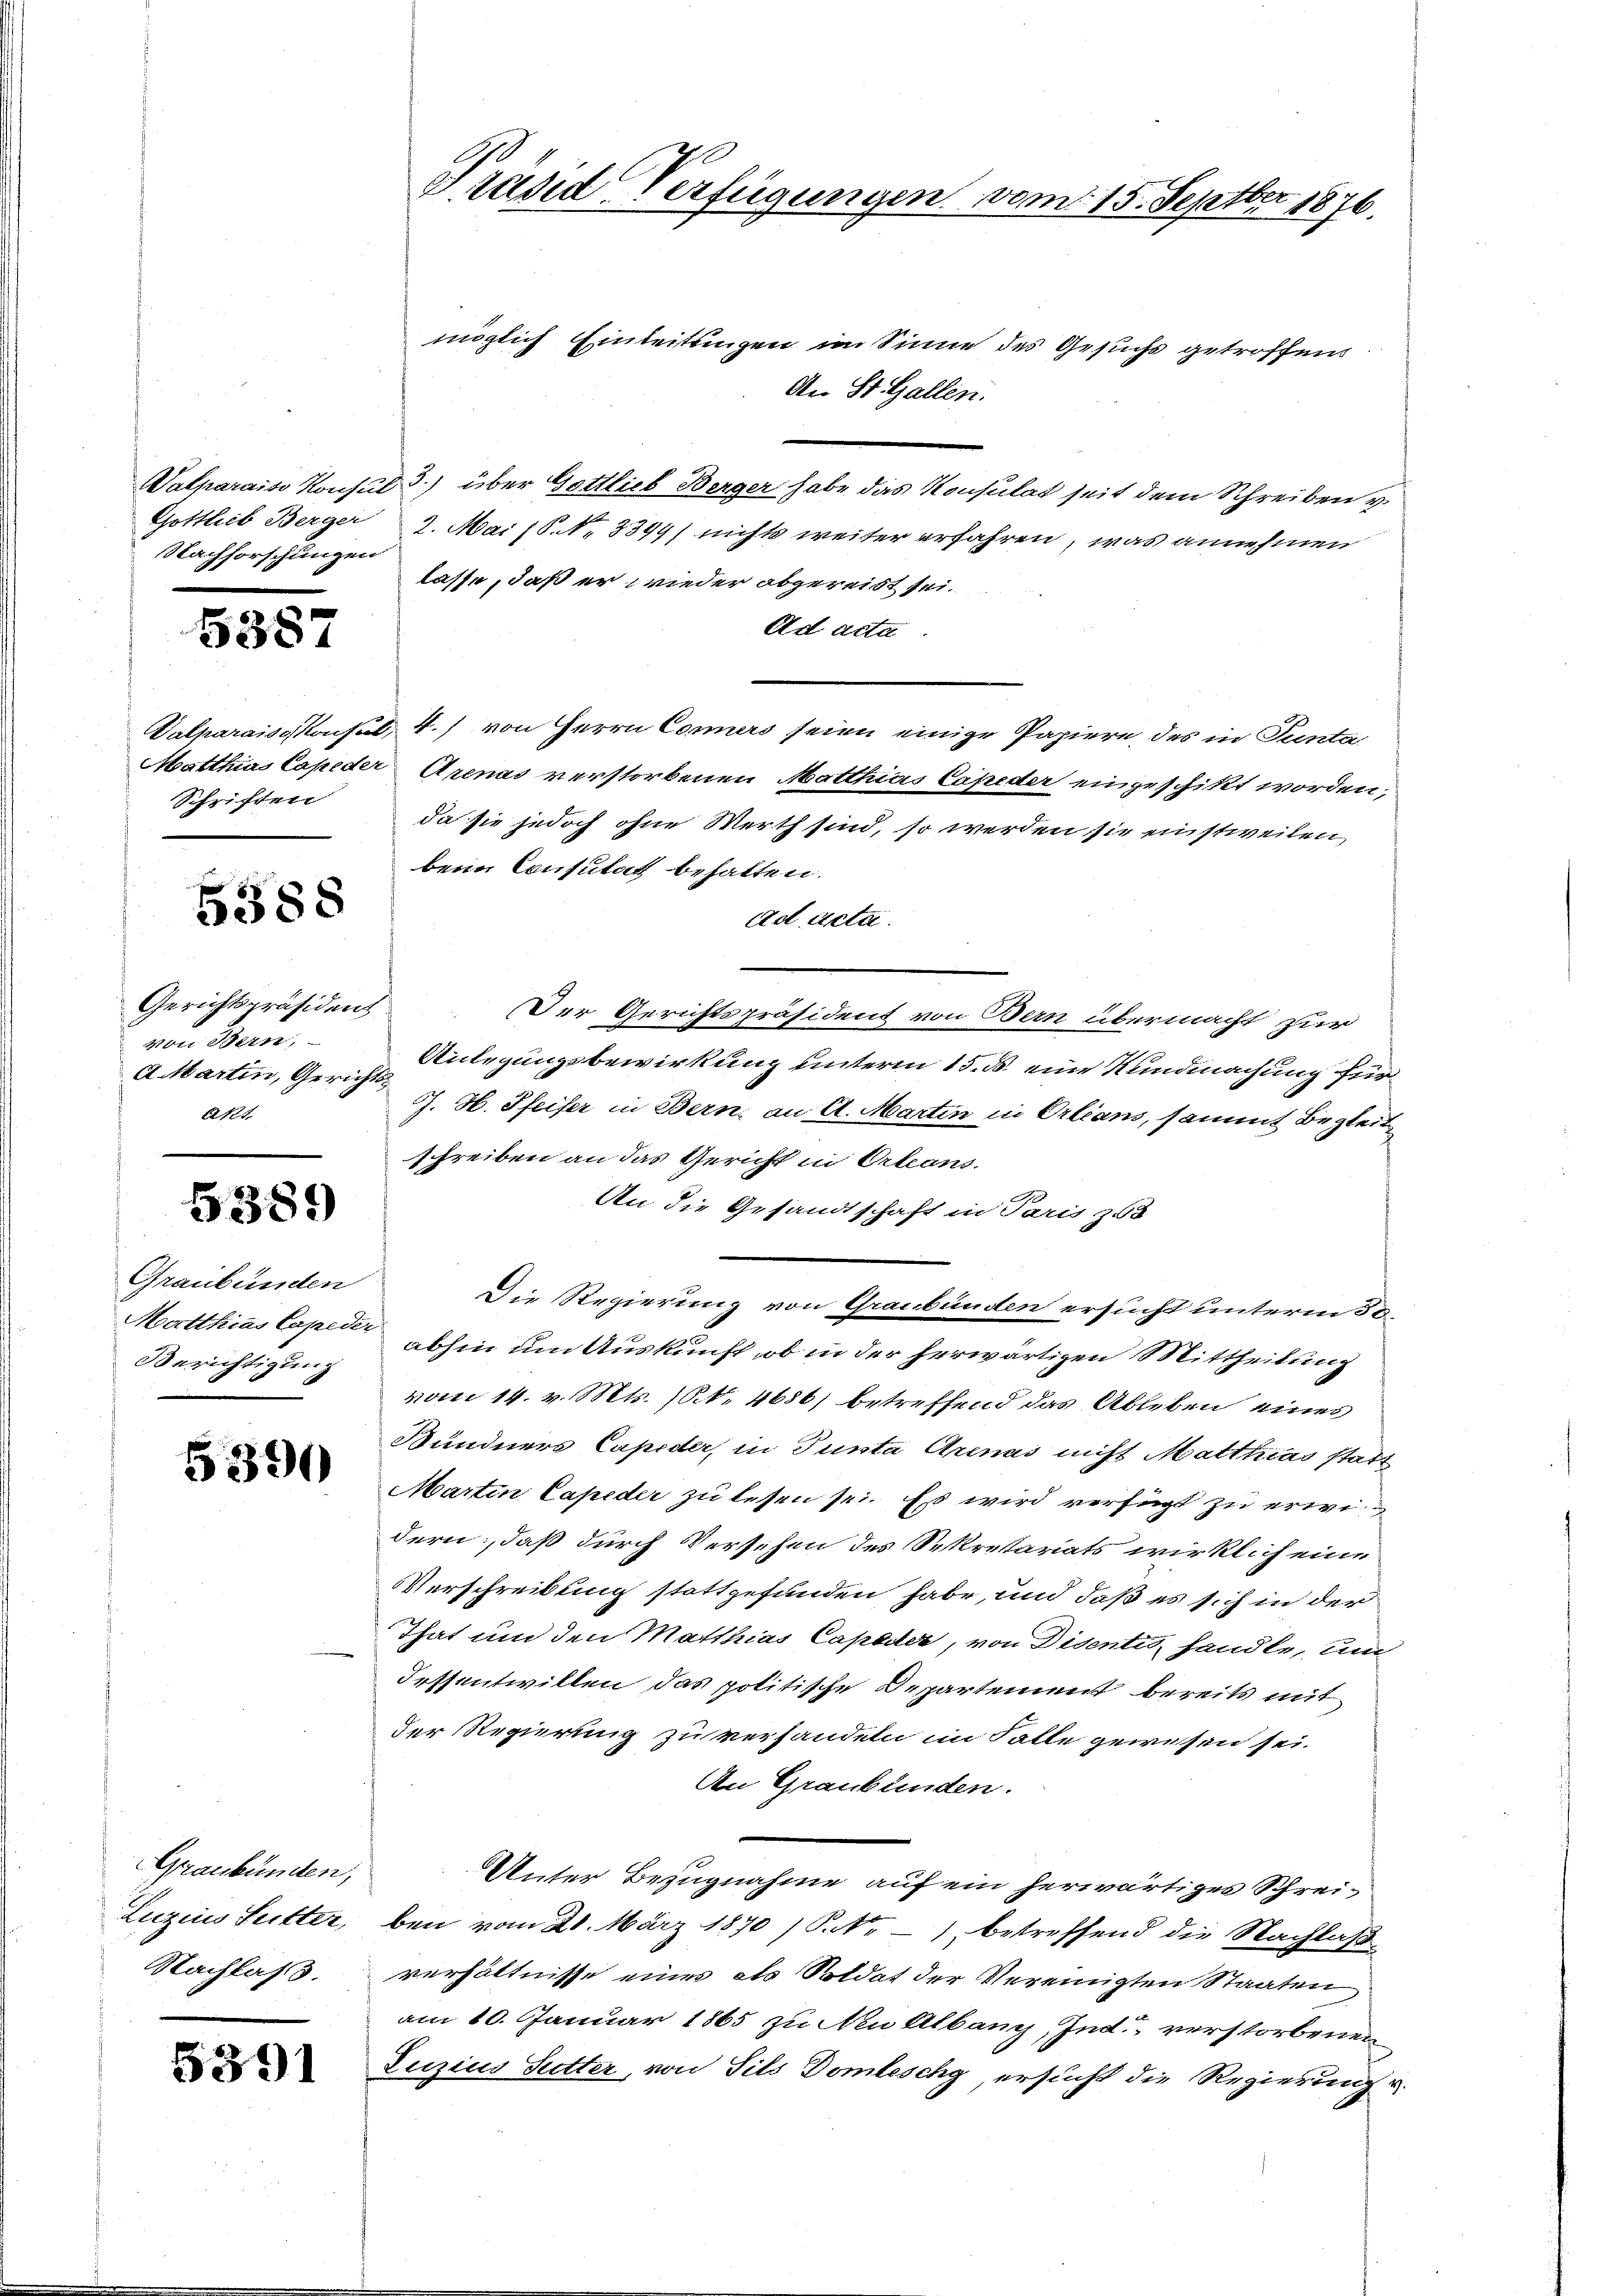
Nachforschungen

5387

Schriften

5388

Gerichtspräsident
von Bern,
AMMartin, Gerichts¬
Akt.

6389)

Graubünden
Berichtigung

5390

Graubünden,
Luzins Seitter,
Nachlass.

5391

möglich Einleitungen im Sinne des Gesuchs getroffend
A.
St. Gallen.
Walparais Konsul 3.) über Gottlieb Berger habe das Konsulat seit dem Schreiben v.
Gottlieb Berger 2. Mai (S. Nr. 3399) nichts weiter erfahren, was annehmen
lasse, daß er wieder abgereist sei.
Ad acta
Valparaisgkonsul, 4.) von Herrn Conners seien einige Papiere, des in Tunta
Matthias Capider Arenas verstorbenen Matthias Capeder eingeschikt worden,
da sie jedoch ohne Werth sind, so werden sie einstweilen,
beim Consulat behalten.
Ad acta.
Der Gerichtspräsident von Bern übermacht zur
Viligungsbewirkung unterm 15. d. eine Kundmachung für
J. H. Pfeifer in Bern, an A. Martin in Orleans, sammt Begleitschreiben an das Gericht in Orleans
An die Gesandtschaft in Paris zu
Die Regierung von Graubünden ersucht unterm 30.
Matthias Capel abhin um Auskunft, ob in der herwärtigen Mittheilung
vom 14. v. Mts. (N. 4686) betreffend das Ableben eines
Bündners Capider, in Tunta Arenas nicht Matthias statt
Martin Capeder zu lesen sei. Es wird verfügt zu erwi
dern; daß durch Versehen des Sekretariats wirklich eine
Verschreibung stattgefunden habe, und daß es sich in der
That und den Matthias Capader, von Disentis handle, und
Fessentwillen das politische Departement bereits mit
der Regierung zu verhandeln im Falle gewesen sei.
An Graubünden.
Unter Bezugnahme auf ein herwärtiges Schreiben vom 20. März 1870 /.M. -) betreffend die Nachlaß
verhältnisse eines als Soldat der Vereinigten Staaten
am 10. Januar 1865 zu Neu Albany, Ind“ verstorbenen
Juzius Futter, von Sils Domleschy, ersucht die Regierung v.

Präsid Verfügungen vom 15. Septbr 1876.